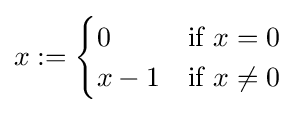
x:={\begin{cases}0&{\text{if }}x=0\\x-1&{\text{if }}x\neq 0\end{cases}}